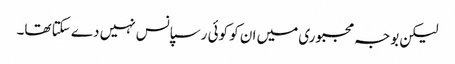
لیکن بوجہ مجبوری میں ان کو کوئی رسپانس نہیں دے سکتا تھا۔